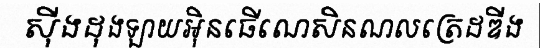
ស៊ីងដុងឡាយអ៊ិនធើណេសិនណលត្រេដឌីង